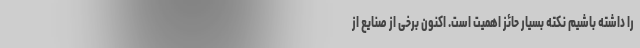
را داشته باشیم نکته بسیار حائز اهمیت است. اکنون برخی از صنایع از